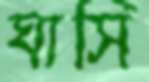
ঘাসি